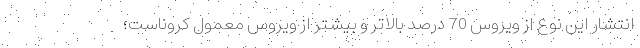
انتشار این نوع از ویروس 70 درصد بالاتر و بیشتر از ویروس معمول کروناست؛